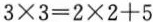
$$3\times 3=2\times 2+5$$